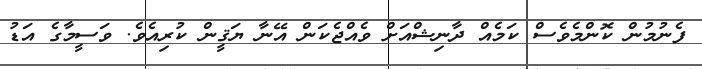
ފެނުމުން ކޮންމެވެސް ކަމެއް ދާނިޝްއަށް ވެއްޖެކަން އޭނާ ޔަޤީން ކުރިއެވެ. ވަސީމާގެ އަޑު